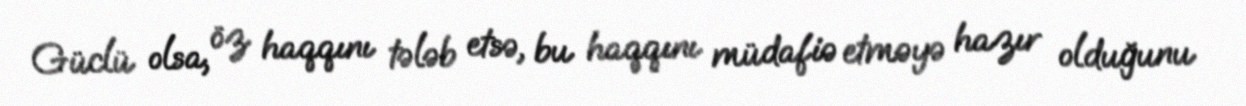
Güclü olsa, öz haqqını tələb etsə, bu haqqını müdafiə etməyə hazır olduğunu